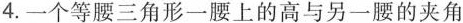
4.一个等腰三角形一腰上的高与另一腰的夹角